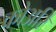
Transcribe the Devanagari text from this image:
कोअरि